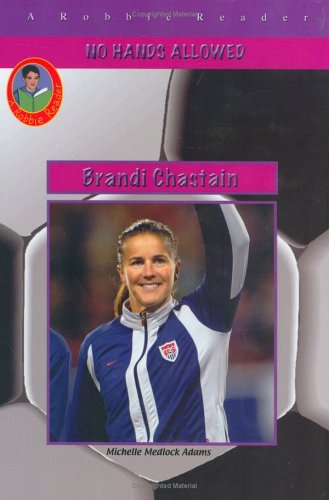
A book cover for Brandi Chastain: Not Just One of the Boys (Robbie Readers); Michelle Medlock Adams; Children's Books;